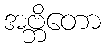
အဗ္ဘိတော